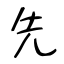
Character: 先